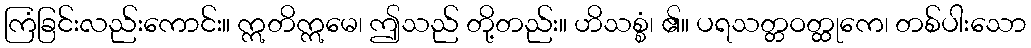
ကြံခြင်းလည်းကောင်း။ ဣတိဣမေ၊ ဤသည် တို့တည်း။ ဟိသစ္စံ၊ ၏။ ပရသတ္တဝတ္ထုကေ၊ တစ်ပါးသော